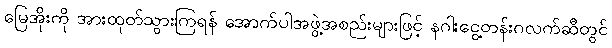
မြေအိုးကို အားထုတ်သွားကြရန် အောက်ပါအဖွဲ့အစည်းများဖြင့် နဂါးငွေ့တန်းဂလက်ဆီတွင်